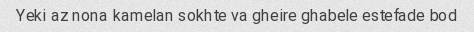
Yeki az nona kamelan sokhte va gheire ghabele estefade bod